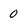
Character: 0